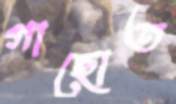
গাছোত